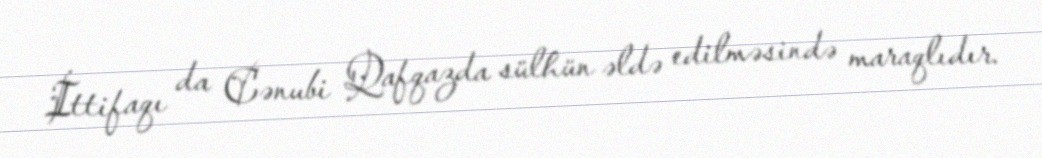
İttifaqı da Cənubi Qafqazda sülhün əldə edilməsində maraqlıdır.